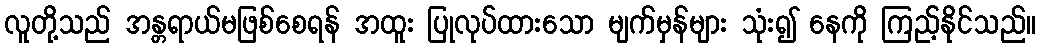
လူတို့သည် အန္တရာယ်မဖြစ်စေရန် အထူး ပြုလုပ်ထားသော မျက်မှန်များ သုံး၍ နေကို ကြည့်နိုင်သည်။